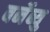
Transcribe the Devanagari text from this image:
बर्नेब्यु